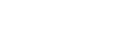
တပါတည်း